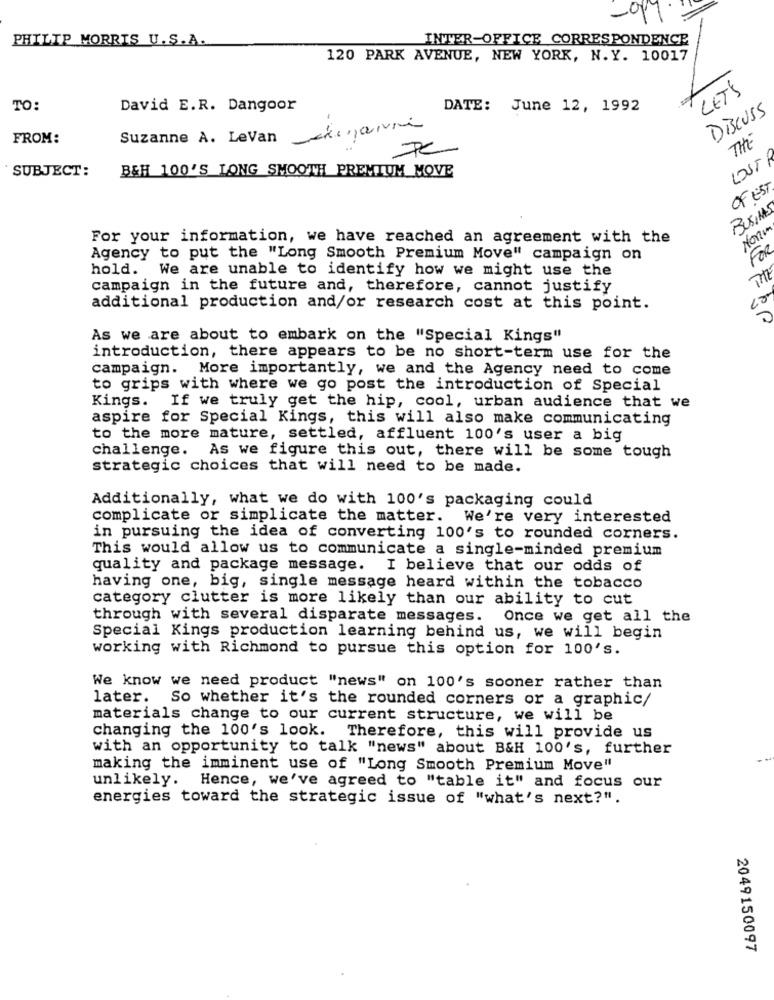
PHILIP MORRIS U.S.A.
INTER-OFFICE CORRESPONDENCE
120 PARK AVENUE, NEW YORK, N. Y. 10017
LETS
TO:
David E.R. Dangoor
DATE: June 12, 1992
Discuss
FROM:
Suzanne A. Levan
LOST
SUBJECT:
B&H 100'S LONG SMOOTH PREMIUM MOVE
OF EST
BUSIHAS
For your information, we have reached an agreement with the
FOR
Agency to put the "Long Smooth Premium Move" campaign on
hold. We are unable to identify how we might use the
THE
campaign in the future and, therefore, cannot justify
10
additional production and/or research cost at this point.
As we are about to embark on the "Special Kings"
introduction, there appears to be no short-term use for the
campaign. More importantly, we and the Agency need to come
to grips with where we go post the introduction of Special
Kings. If we truly get the hip, cool, urban audience that we
aspire for Special Kings, this will also make communicating
to the more mature, settled, affluent 100's user a big
challenge. As we figure this out, there will be some tough
strategic choices that will need to be made.
Additionally, what we do with 100's packaging could
complicate or simplicate the matter. We're very interested
in pursuing the idea of converting 100's to rounded corners.
This would allow us to communicate a single-minded premium
quality and package message. I believe that our odds of
having one, big, single message heard within the tobacco
category clutter is more likely than our ability to cut
through with several disparate messages.
Once we get all the
Special Kings production learning behind us, we will begin
working with Richmond to pursue this option for 100's.
We know we need product "news" on 100's sooner rather than
later.
So whether it's the rounded corners or a graphic/
materials change to our current structure, we will be
changing the 100's look. Therefore, this will provide us
with an opportunity to talk "news" about B&H 100's, further
making the imminent use of "Long Smooth Premium Move"
unlikely. 1
Hence, we've agreed to "table it" and focus our
energies toward the strategic issue of "what's next?".
2049150097